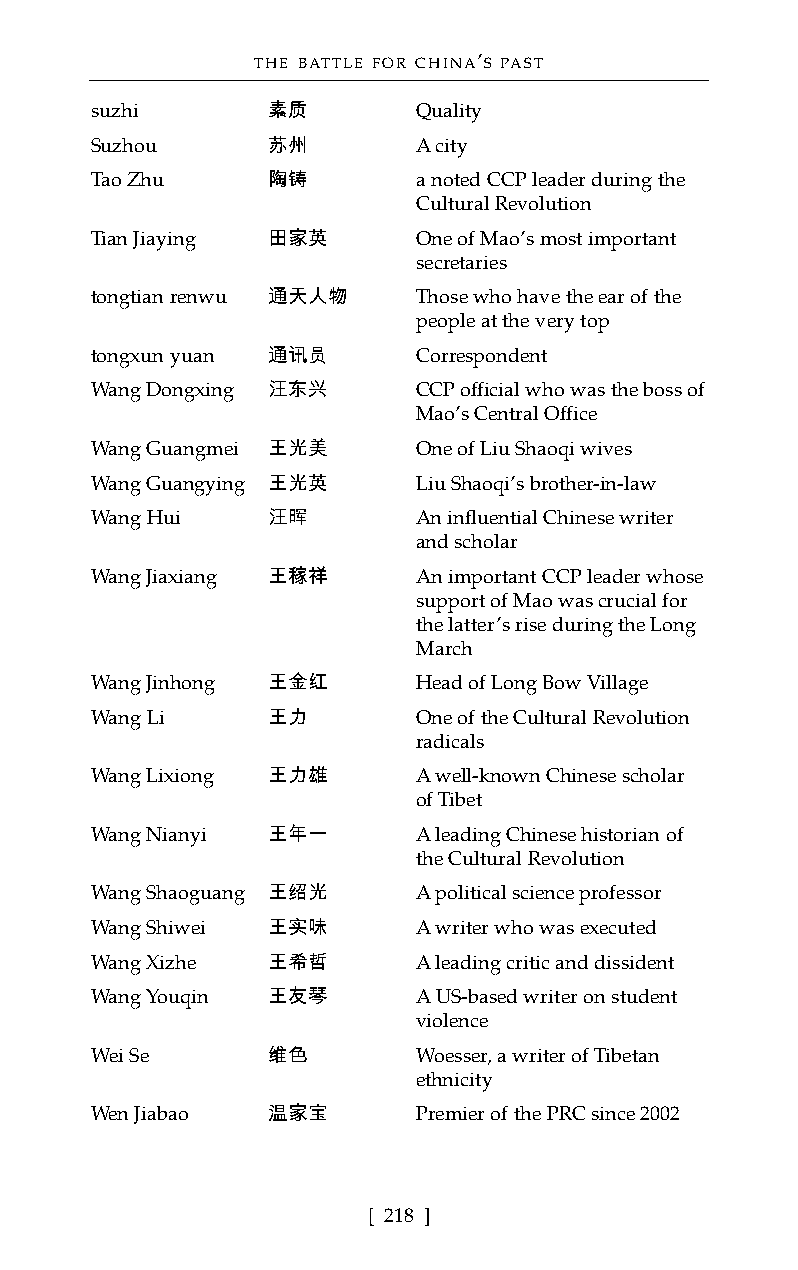
THE BATTLE FOR CHINA’S PAST
 suzhi       素质        Quality
 Suzhou      苏州        A city
 Tao Zhu     陶铸        a noted CCP leader during the
 Cultural Revolution
 Tian Jiaying 田家英      One of Mao’s most important
 secretaries
 tongtian renwu 通天人物   Those who have the ear of the
 people at the very top
 tongxun yuan 通讯员      Correspondent
 Wang Dongxing 汪东兴     CCP official who was the boss of
 Mao’s Central Office
 Wang Guangmei 王光美     One of Liu Shaoqi wives
 Wang Guangying 王光英    Liu Shaoqi’s brother-in-law
 Wang Hui    汪晖        An influential Chinese writer
 and scholar
 Wang Jiaxiang 王稼祥     An important CCP leader whose
 support of Mao was crucial for
 the latter’s rise during the Long
 March
 Wang Jinhong 王金红      Head of Long Bow Village
 Wang Li     王力        One of the Cultural Revolution
 radicals
 Wang Lixiong 王力雄      A well-known Chinese scholar
 of Tibet
 Wang Nianyi 王年一       A leading Chinese historian of
 the Cultural Revolution
 Wang Shaoguang 王绍光    A political science professor
 Wang Shiwei 王实味       A writer who was executed
 Wang Xizhe  王希哲       A leading critic and dissident
 Wang Youqin 王友琴       A US-based writer on student
 violence
 Wei Se      维色        Woesser, a writer of Tibetan
 ethnicity
 Wen Jiabao  温家宝       Premier of the PRC since 2002
 [ 218 ]